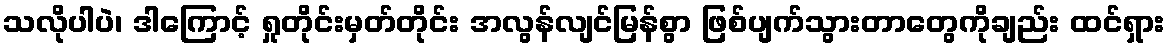
သလိုပါပဲ၊ ဒါကြောင့် ရှုတိုင်းမှတ်တိုင်း အလွန်လျင်မြန်စွာ ဖြစ်ပျက်သွားတာတွေကိုချည်း ထင်ရှား